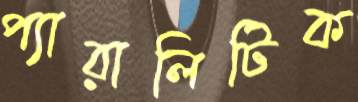
প্যারালিটিক